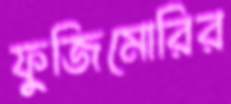
ফুজিমোরির